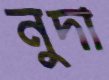
নুদা